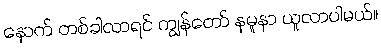
နောက် တစ်ခါလာရင် ကျွန်တော် နမူနာ ယူလာပါမယ်။